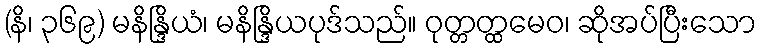
(နိ၊ ၃၆၉) မနိန္ဒြိယံ၊ မနိန္ဒြိယပုဒ်သည်။ ဝုတ္တတ္ထမေဝ၊ ဆိုအပ်ပြီးသော